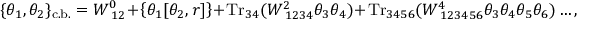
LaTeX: \{ \theta _ { 1 } , \theta _ { 2 } \} _ { \mathrm { c . b . } } = W _ { ~ 1 2 } ^ { 0 } + \left\{ \theta _ { 1 } [ \theta _ { 2 } , r ] \right\} + \mathrm { T r } _ { 3 4 } ( W _ { ~ 1 2 3 4 } ^ { 2 } \theta _ { 3 } \theta _ { 4 } ) + \mathrm { T r } _ { 3 4 5 6 } ( W _ { ~ 1 2 3 4 5 6 } ^ { 4 } \theta _ { 3 } \theta _ { 4 } \theta _ { 5 } \theta _ { 6 } ) \ldots ,